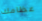
عظامك